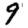
Digit: 9